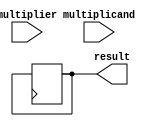
module booth_multiplier(
    input [15:0] multiplicand,
    input [15:0] multiplier,
    output reg [31:0] result
);

reg [16:0] partial_product;
reg [4:0] count;

always @ (multiplicand, multiplier)
begin
    count <= 0;
    partial_product <= {multiplier, 1'b0};
end

always @ (posedge clock)
begin
    if (count < 16)
    begin
        if (partial_product[1:0] == 2'b01)
        begin
            partial_product <= partial_product + multiplicand;
        end
        else if (partial_product[1:0] == 2'b10)
        begin
            partial_product <= partial_product - multiplicand;
        end

        partial_product <= partial_product >> 1;
        count <= count + 1;
    end
    else
    begin
        result <= partial_product[31:0];
    end
end

endmodule